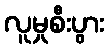
လူမှုစီးပွား